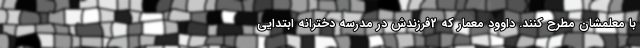
با معلمشان مطرح کنند. داوود معمار که 2فرزندش در مدرسه دخترانه ابتدایی